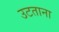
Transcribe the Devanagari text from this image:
उटताना